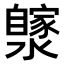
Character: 𤂼